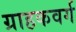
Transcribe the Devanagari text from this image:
ग्राहकवर्ग